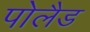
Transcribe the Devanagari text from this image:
पोलैड